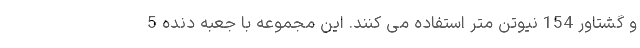
و گشتاور 154 نیوتن متر استفاده می کنند. این مجموعه با جعبه دنده 5